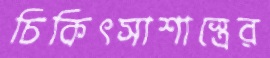
চিকিৎসাশাস্ত্রের